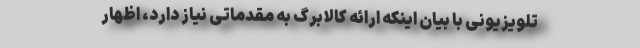
تلویزیونی با بیان اینکه ارائه کالابرگ به مقدماتی نیاز دارد، اظهار